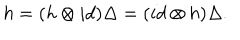
LaTeX: h = ( h \otimes i d ) \Delta = ( i d \otimes h ) \Delta .